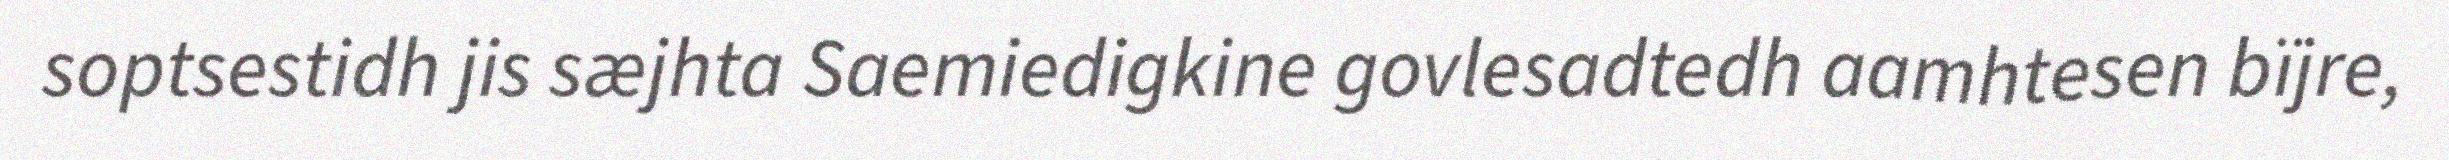
soptsestidh jis sæjhta Saemiedigkine govlesadtedh aamhtesen bïjre,